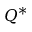
Q ^ { \ast }